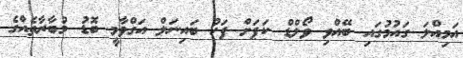
އަމިއްލަ ގައުމުގައި ބޭއްވި ވޯލްޑް ކަޕަށް ފަހު ބައިނަލް އަގްވާމީ ބޮޑު މުބާރާތެއްގެ